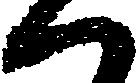
ハ